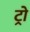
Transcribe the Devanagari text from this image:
ट्रो